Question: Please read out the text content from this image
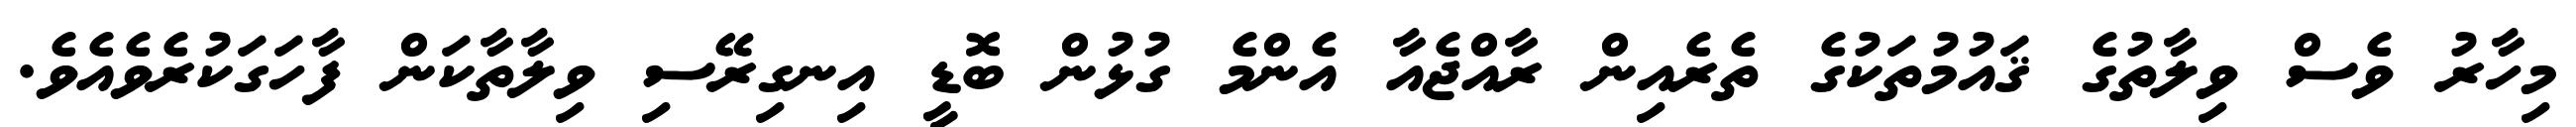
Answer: މިހާރު ވެސް ވިލާތުގެ ޤައުމުތަކުގެ ތެރެއިން ރާއްޖެއާ އެންމެ ގުޅުން ބޮޑީ އިނގިރޭސި ވިލާތާކަން ފާހަގަކުރެވެއެވެ.